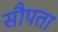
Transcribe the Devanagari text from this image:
सौपता